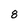
Character: 8